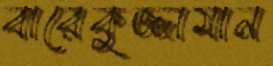
বারেকুজ্জামান